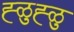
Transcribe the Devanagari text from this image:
ह्ळुह्ळु